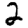
Digit: 2